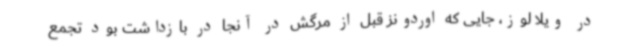
در ویلا لوز، جایی که اوردونز قبل از مرگش در آنجا در بازداشت بود تجمع